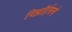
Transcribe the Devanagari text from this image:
रिझॉर्ट्‌सचे